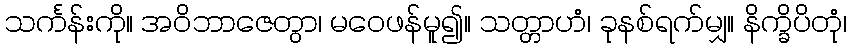
သင်္ကန်းကို။ အဝိဘာဇေတွာ၊ မဝေဖန်မူ၍။ သတ္တာဟံ၊ ခုနစ်ရက်မျှ။ နိက္ခိပိတုံ၊